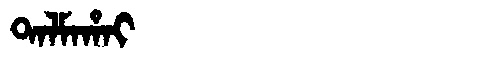
Manchu: ᡨᠠᠯᠮᠠᡥᠠᡳ
Romanization: TALMAHAI